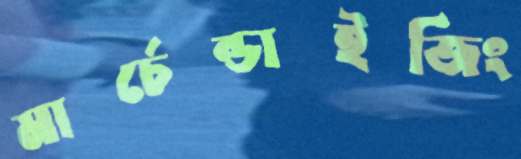
মার্চেন্ডাইজিং